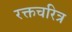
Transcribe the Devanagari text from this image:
रक्तचरित्र